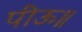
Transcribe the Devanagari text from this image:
पीऊ॥